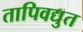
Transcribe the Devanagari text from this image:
तापिवद्युत